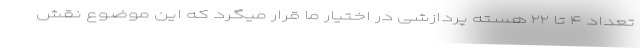
تعداد ۴ تا ۲۲ هسته پردازشی در اختیار ما قرار میگرد که این موضوع نقش